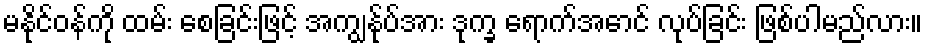
မနိုင်ဝန်ကို ထမ်း စေခြင်းဖြင့် အကျွန်ုပ်အား ဒုက္ခ ရောက်အောင် လုပ်ခြင်း ဖြစ်ပါမည်လား။